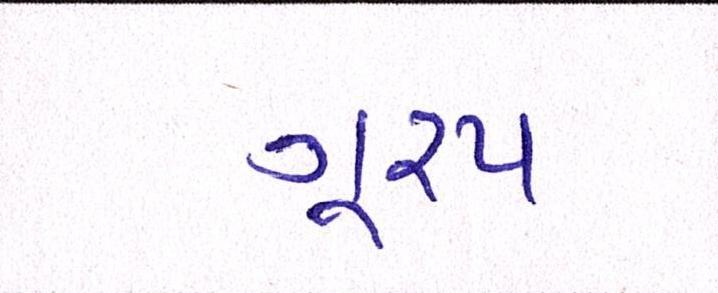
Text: ગૂ્રપ